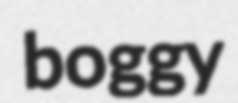
boggy